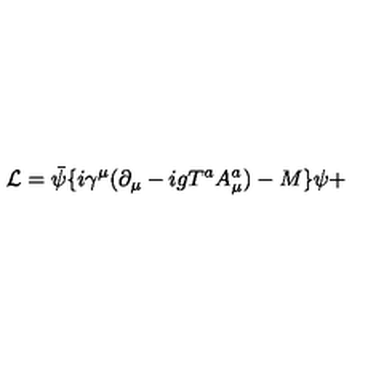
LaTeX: { \cal L } = \bar { \psi } \{ i \gamma ^ { \mu } ( \partial _ { \mu } - i g T ^ { a } A _ { \mu } ^ { a } ) - M \} \psi +